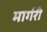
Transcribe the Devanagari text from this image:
मार्गरी